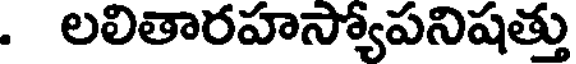
. లలితారహస్యోపనిషత్తు